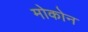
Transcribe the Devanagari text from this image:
मोकोन